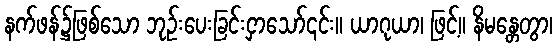
နက်ဖန်၌ဖြစ်သော ဘုဉ်းပေးခြင်းငှာသော်၎င်း။ ယာဂုယာ၊ ဖြင့်။ နိမန္တေတွာ၊